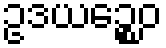
ဥဒယဉ္စေဝ